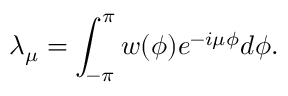
\lambda _ { \mu } = \int _ { - \pi } ^ { \pi } w ( \phi ) e ^ { - i \mu \phi } d \phi .